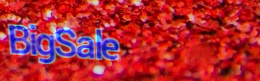
BigSale